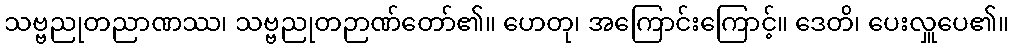
သဗ္ဗညုတညာဏဿ၊ သဗ္ဗညုတဉာဏ်တော်၏။ ဟေတု၊ အကြောင်းကြောင့်။ ဒေတိ၊ ပေးလှူပေ၏။